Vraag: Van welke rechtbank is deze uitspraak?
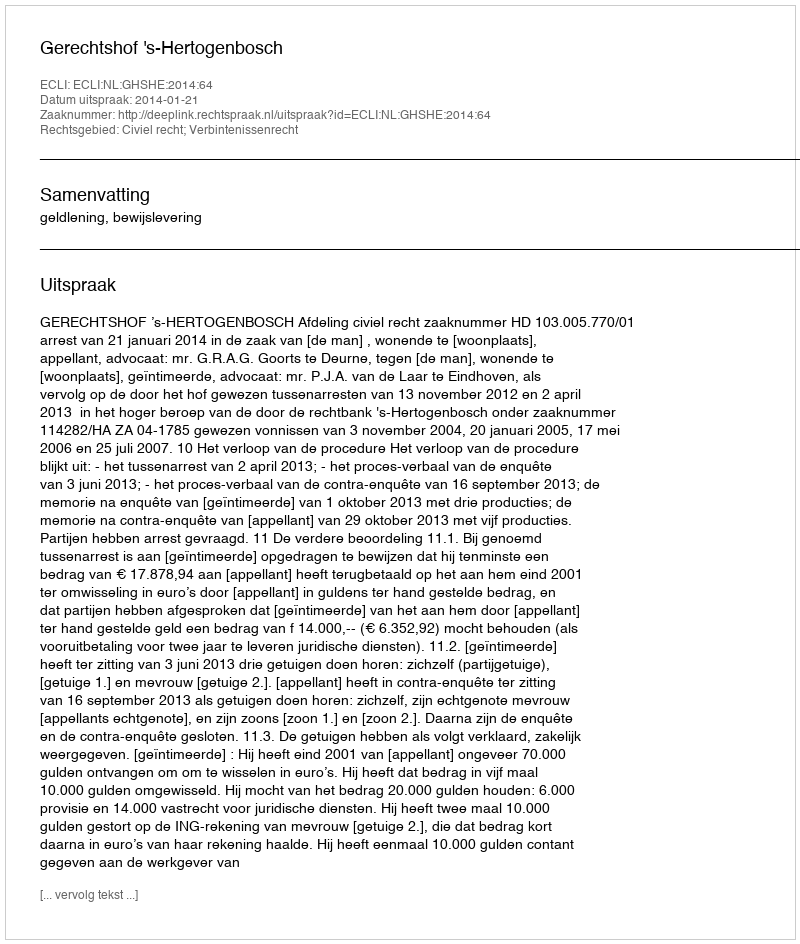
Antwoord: Gerechtshof 's-Hertogenbosch